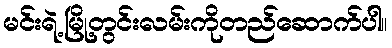
မင်းရဲ့မြို့တွင်းလမ်းကိုတည်ဆောက်ပါ။